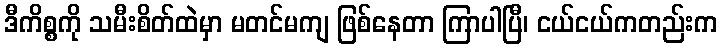
ဒီကိစ္စကို သမီးစိတ်ထဲမှာ မတင်မကျ ဖြစ်နေတာ ကြာပါပြီ၊ ငယ်ငယ်ကတည်းက